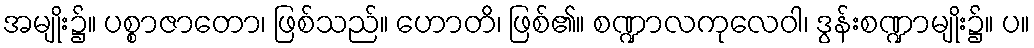
အမျိုး၌။ ပစ္စာဇာတော၊ ဖြစ်သည်။ ဟောတိ၊ ဖြစ်၏။ စဏ္ဍာလကုလေဝါ၊ ဒွန်းစဏ္ဍာမျိုး၌။ ပ။